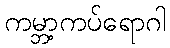
ကမ္ဘာ့ကပ်ရောဂါ